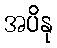
အပိနု